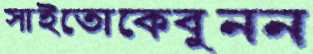
সাইতোকেবুনন